Memorandum on the precautions to be taken against cholera
Disease focus: Cholera
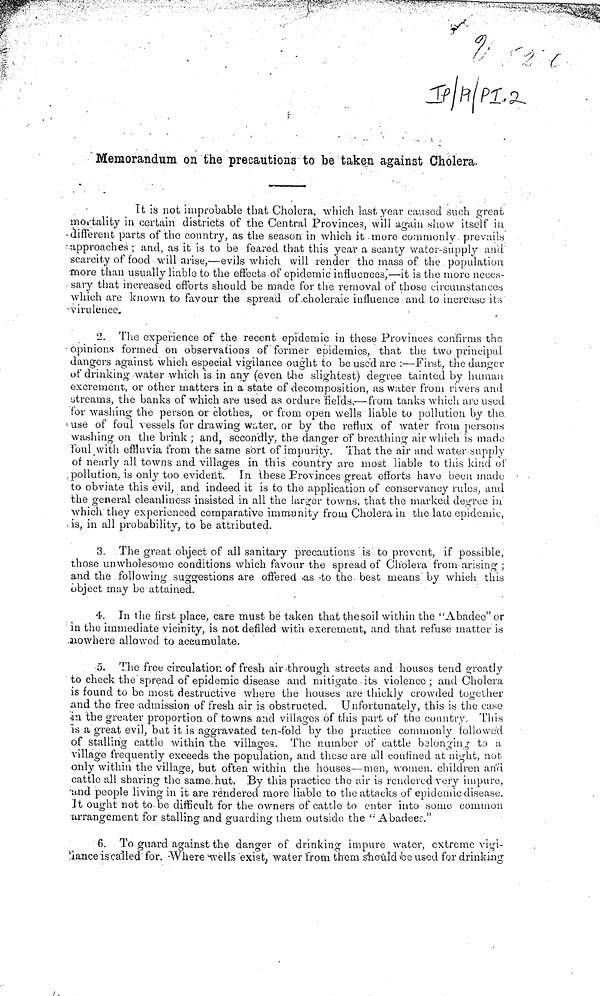
Memorandum on the precautions to be taken against Cholera.
It is not improbable that Cholera, which last year caused such great
mortality in certain districts of the Central Provinces, will again show itself in
different parts of the country, as the season in which it .more commonly prevail
approaches ; and, as it is to be feared that this year a scanty water-supply and
scarcity of food will arise,—evils which will render the mass of the population
more than usually liable to the effects of epidemic influences,—it is the more neces-
sary that increased efforts should be made for the removal of those circumstances
which are known to favour the spread of choleraic influence and to increase its
virulence.
2. The experience of the recent epidemic in these Provinces confirms the
opinions formed on observations of former epidemics, that the two principal
dangers against which especial vigilance ought to be used are :—First, the danger
of drinking-water which is in any (even the slightest) degree tainted by human
excrement, or other matters in a state of decomposition, as water from rivers and
streams, the banks of which are used as ordure "fields,—rrom tanks which are used
for washing the person or clothes, or from open wells liable to pollution by the.
use of foul vessels for drawing winter, or by the reflux of water from persons
washing on the brink ; and, secon'dly, the danger of breathing air which is made
foul with effluvia from the same sort of impurity. That the air and water-supply
of nearly all towns and villages in this country arc most liable to this kind of
pollution, is only too evident. In these Provinces great efforts have been made
to obviate this evil, and indeed it is to the application of conservancy rules, and
the general cleanliness insisted in all the larger towns, that the marked degree in
which they experienced comparative immunity from Cholera in the late epidemic,
is, in all probability, to be attiibuted.
3. The great object of all sanitary precautions is to prevent, if possible,
those unwholesome conditions which favour the spread of Cholera from arising ;
and the following suggestions are offered as to the best means' by which this
object may be attained.
4. In the first place, care must be taken that the soil within the "Abadee" or
in the immediate vicinity, is not defiled with excrement, and that refuse matter is
nowhere allowed to accumulate.
5. The free circulation of fresh air-through streets and houses tend greatly
to check the spread of epidemic disease and mitigate its violence ; and Cholera
is found to be most destructive where the houses are thickly crowded together
und the free-admission of fresh air is obstructed. Unfortunately, this is the case
an the greater proportion of towns and villages of this part of the country. This
is a great evil, bat it is aggravated ten-fold by the practice commonly followed
of stalling cattle within the villages. The number of cattle belonging to a
village frequently exceeds the population, and these are all confined at night, not
only within the village, but often within the houses—men, women, children and
cattle all sharing the same hut. By this practice the air is rendered very impure,
and people living in it are rendered more liable to the attacks of epidemic disease.
It ought not to-be difficult for the owners of cattle to enter into some common
arrangement for stalling and guarding them outside the "Abadee"
6. To guard against the danger of drinking impure water, extreme vigi-
lance is called for Where wells exist water from them should be used for drinking